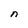
Character: n